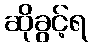
ဆိုခွင့်ရ